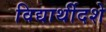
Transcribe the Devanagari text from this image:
विद्यार्थीदशे